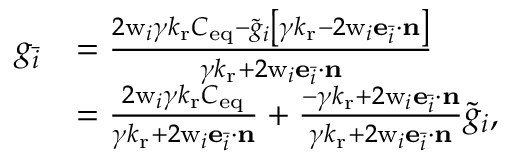
\begin{array} { r l } { g _ { \bar { i } } } & { = \frac { 2 \mathrm { w } _ { i } { \gamma k _ { \mathrm { r } } C _ { \mathrm { e q } } - \tilde { g } _ { i } \left[ { \gamma k _ { \mathrm { r } } - 2 \mathrm { w } _ { i } \mathbf { e } _ { \bar { i } } \cdot \mathbf { n } } \right] } } { { \gamma k _ { \mathrm { r } } + 2 \mathrm { w } _ { i } \mathbf { e } _ { \bar { i } } \cdot \mathbf { n } } } } \\ & { = \frac { 2 \mathrm { w } _ { i } \gamma k _ { \mathrm { r } } C _ { \mathrm { e q } } } { \gamma k _ { \mathrm { r } } + 2 \mathrm { w } _ { i } \mathbf { e } _ { \bar { i } } \cdot \mathbf { n } } + \frac { - \gamma k _ { \mathrm { r } } + 2 \mathrm { w } _ { i } \mathbf { e } _ { \bar { i } } \cdot \mathbf { n } } { \gamma k _ { \mathrm { r } } + 2 \mathrm { w } _ { i } \mathbf { e } _ { \bar { i } } \cdot \mathbf { n } } \tilde { g } _ { i } , } \end{array}